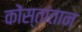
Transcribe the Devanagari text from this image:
कोंस्तांतान